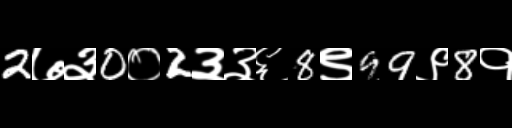
Text: 2७३0०2३३६8९99९8१